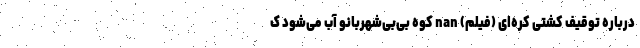
درباره توقیف کشتی کره‌ای (فیلم) nan کوه بی‌بی‌شهربانو آب می‌شود ک